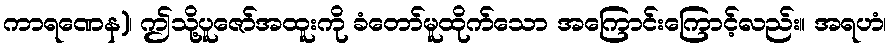
ကာရဏေန)၊ ဤသို့ပူဇော်အထူးကို ခံတော်မူထိုက်သော အကြောင်းကြောင့်လည်း။ အရဟံ၊